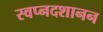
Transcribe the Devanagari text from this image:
स्वप्नदशानन